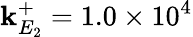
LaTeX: \mathbf{k}_{E_{2}}^{+}=1.0\times10^{4}